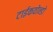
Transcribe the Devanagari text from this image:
टाईकवोन्डो